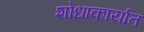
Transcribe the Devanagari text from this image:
शोधाकार्यात